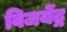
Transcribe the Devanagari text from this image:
विजयेंद्ग